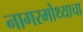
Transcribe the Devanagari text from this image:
नागरमोथ्याचा